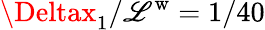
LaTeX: \Deltax_{1}/\mathscr{L}^{\mathrm{{w}}}=1/40